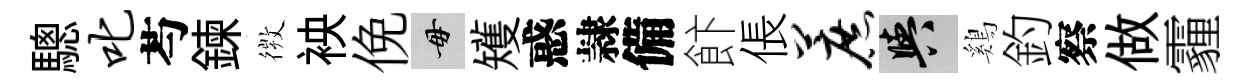
驄叱芍鍊𢕄䘧俛毋矱惑隷備飰倀蔗阳鷄釣察做霾